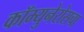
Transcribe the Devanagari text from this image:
कॉम्युनेरोसचा